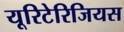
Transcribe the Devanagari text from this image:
यूरिटेरिजियस